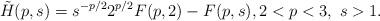
LaTeX: \begin{align*}\tilde H(p, s) = s^{-p/2}2^{p/2}F(p,2) - F(p,s), 2 < p < 3,\ s > 1.\end{align*}